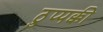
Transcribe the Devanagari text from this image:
ठुप्पक्की